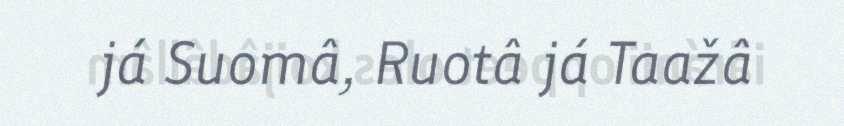
já Suomâ, Ruotâ já Taažâ